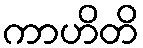
ကာဟိတိ